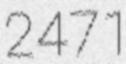
2471